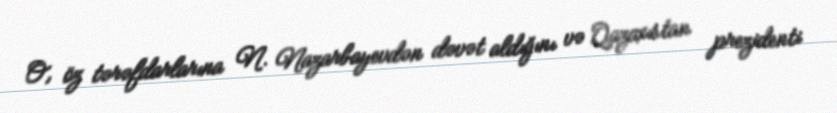
O, öz tərəfdarlarına N. Nazarbayevdən dəvət aldığını və Qazaxıstan prezidenti